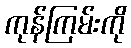
ကုန်ကြမ်းကို